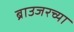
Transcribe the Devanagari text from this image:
ब्राउजरच्या